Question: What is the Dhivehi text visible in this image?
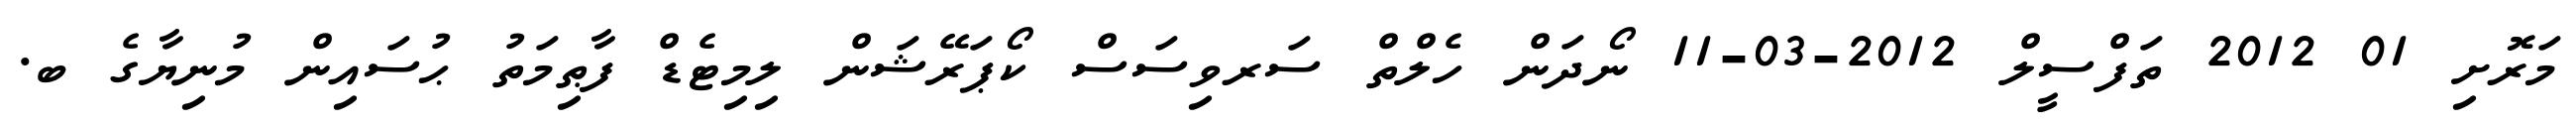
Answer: މަރޮށި 01 2012 ތަފްސީލް 2012-03-11 ނޯދަން ހެލްތް ސަރވިސަސް ކޯޕަރޭޝަން ލިމިޓެޑް ފާޠިމަތު ޙުސައިން މުނިޔާގެ ބ.